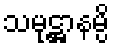
သမုဋ္ဌာနမ္ပိ